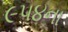
૯૫૪ના